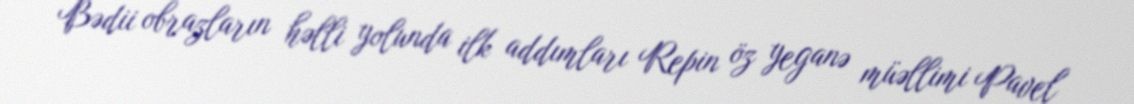
Bədii obrazların həlli yolunda ilk addımları Repin öz yeganə müəllimi Pavel